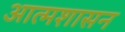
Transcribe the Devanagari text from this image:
आत्मशासन